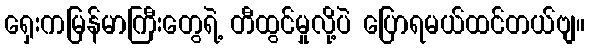
ရှေးကမြန်မာကြီးတွေရဲ့ တီထွင်မှုလို့ပဲ ပြောရမယ်ထင်တယ်ဗျ။